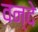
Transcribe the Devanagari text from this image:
वन्‍दे